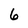
Character: 6